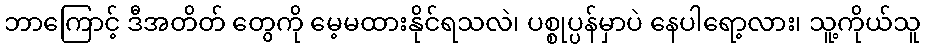
ဘာကြောင့် ဒီအတိတ် တွေကို မေ့မထားနိုင်ရသလဲ၊ ပစ္စုပ္ပန်မှာပဲ နေပါရော့လား၊ သူ့ကိုယ်သူ